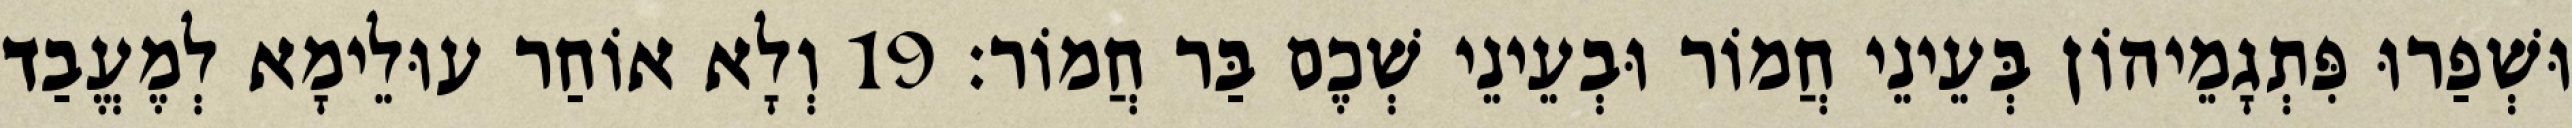
וּשְׁפַרוּ פִּתְגָמֵיהוֹן בְּעֵינֵי חֲמוֹר וּבְעֵינֵי שְׁכֶם בַּר חֲמוֹר׃ 19 וְלָא אוֹחַר עוּלֵימָא לְמֶעֱבַד